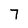
Character: 7